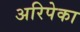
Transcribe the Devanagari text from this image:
अरिपेका